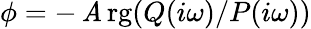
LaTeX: \phi=-\operatorname{\mathit{A}rg}(Q(i\omega)/P(i\omega))